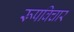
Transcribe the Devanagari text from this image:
रूपविचार